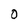
Character: O